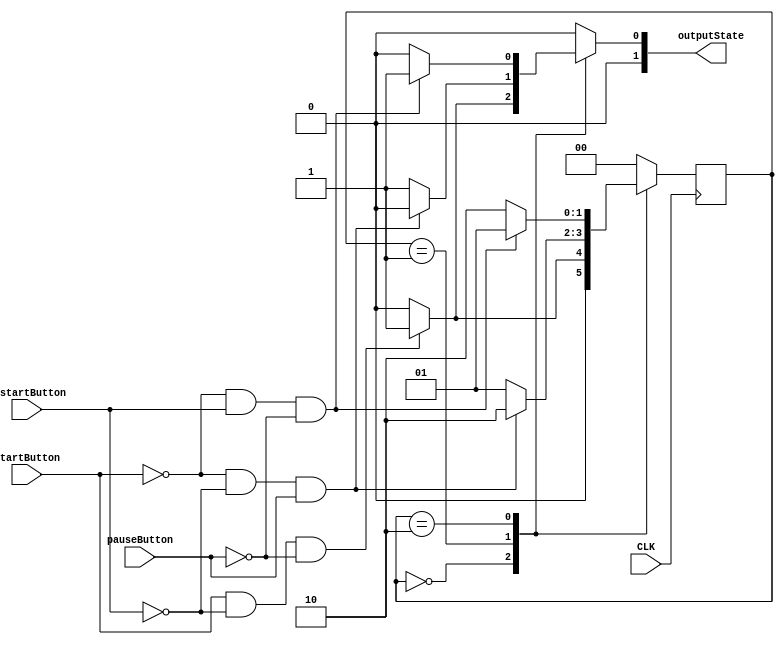
`timescale 1ns / 1ps
//////////////////////////////////////////////////////////////////////////////////
// Company: 
// Engineer: 
// 
// Design Name: 
// Module Name:    mealyStateMachineLab1 
// Project Name: 
// Target Devices: 
// Tool versions: 
// Description: 
//
// Dependencies: 
//
// Revision: 
// Revision 0.01 - File Created
// Additional Comments: 
//
//////////////////////////////////////////////////////////////////////////////////
//took out input RST,

module mealyStateMachineLab1(
    input pauseButton,
    input startButton,
    input restartButton,
    input CLK,
    output reg [1:0] outputState = 0
    );
	 
	 parameter IDLE = 0, START = 1, PAUSE = 2;
	 reg [1:0] currentState;
	 reg [1:0] nextState;
	 
	 always @(posedge CLK) //Taken , posedge RST out...
		begin
			currentState <= nextState;
		end
	
	 always @(pauseButton, startButton, restartButton, currentState) 
		begin
			//Default
			nextState = currentState;
			
			case(currentState)
				IDLE:
					begin
						if(startButton == 1 && restartButton == 0 && pauseButton == 0)
							begin
								nextState = START;
								outputState = 2'd1;
							end
						else 
							begin
								nextState = IDLE;
								outputState = 2'd0;
							end
					end
				
				START:
					begin
						if(startButton == 0 && restartButton == 0 && pauseButton == 1)
							begin
								nextState = PAUSE;
								outputState = 2'd0;
							end
						else 
							begin	 
								nextState = START;	
								outputState = 2'd1;
							end
					end
				
				PAUSE:
					begin
						if(startButton == 0 && restartButton == 1 && pauseButton == 0)
							begin
								nextState = START;
								outputState = 2'd1;
							end
						else 
							begin
								nextState = PAUSE;
								outputState = 2'd0;
							end
					end
					
				default:
					begin
						nextState = IDLE;
						outputState = 2'd0;
					end
					
			endcase						
	 end
endmodule